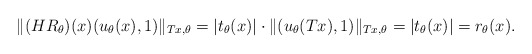
\begin{align*}\|(HR_\theta)(x)(u_\theta(x),1)\|_{Tx,\theta}=|t_\theta(x)|\cdot\|(u_\theta(Tx),1)\|_{Tx,\theta}=|t_\theta(x)|=r_\theta(x).\end{align*}